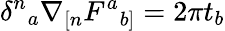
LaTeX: \delta^{n}{}_{a}\nabla_{[n}F^{a}{}_{b]}=2\pi t_{b}